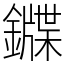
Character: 䥡